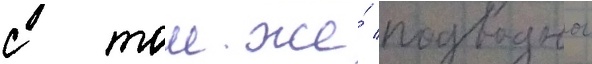
с тои же́ подводнои